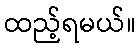
ထည့်ရမယ်။